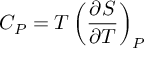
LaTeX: C _ { P } = T \left( { \frac { \partial S } { \partial T } } \right) _ { P }